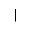
\vert